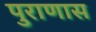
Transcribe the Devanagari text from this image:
पुराणास